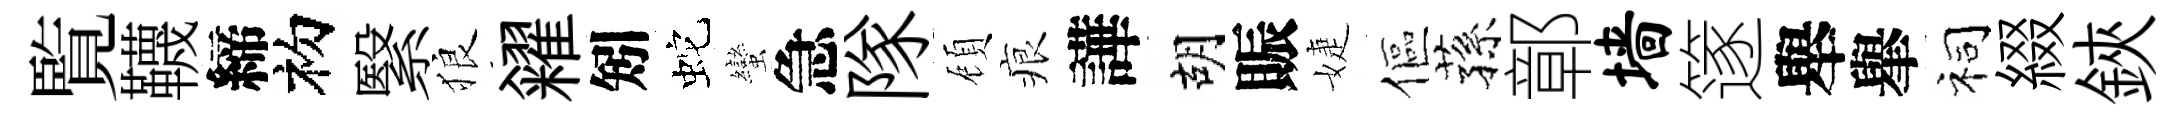
覧韈締初繄狼糴矧蛇蠻急隊頋痕譁胡賑婕傴蓀鄣墙篴舉𦦙祠綴鋏